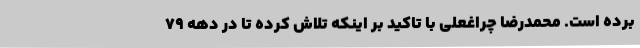
برده است. محمدرضا چراغعلی با تاکید بر اینکه تلاش کرده تا در دهه ۷۹